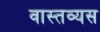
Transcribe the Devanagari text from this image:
वास्तव्यस